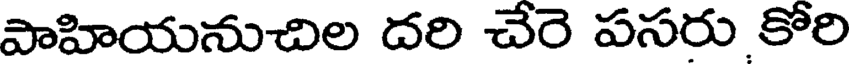
పాహియనుచిల దరి చేరె పసరు కోరి